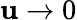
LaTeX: \mathbf{u}\rightarrow0